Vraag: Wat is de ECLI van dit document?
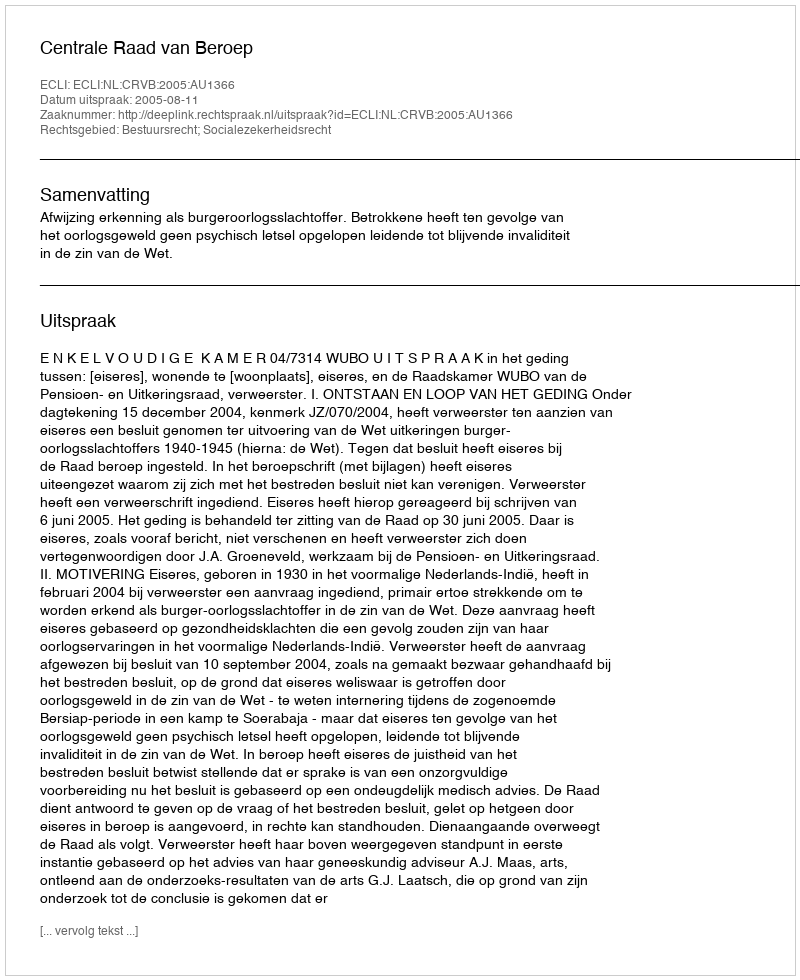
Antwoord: ECLI:NL:CRVB:2005:AU1366